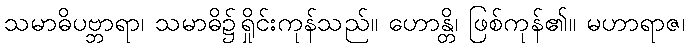
သမာဓိပဗ္ဘာရာ၊ သမာဓိ၌ရှိုင်းကုန်သည်။ ဟောန္တိ၊ ဖြစ်ကုန်၏။ မဟာရာဇ၊